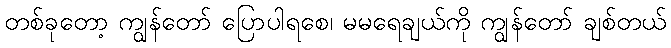
တစ်ခုတော့ ကျွန်တော် ပြောပါရစေ၊ မမရေချယ်ကို ကျွန်တော် ချစ်တယ်